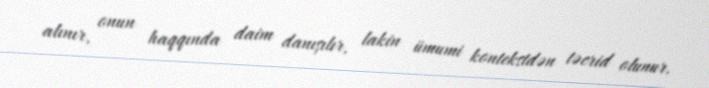
alınır, onun haqqında daim danışılır, lakin ümumi kontekstdən təcrid olunur.